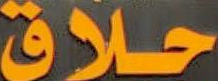
حلاق